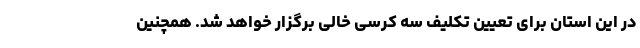
در این استان برای تعیین تکلیف سه کرسی خالی برگزار خواهد شد. همچنین